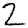
Digit: 2